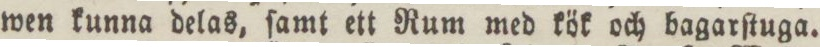
wen kunna delas, ſamt ett Rum med kök och bagarſtuga.